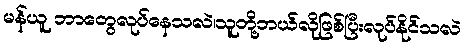
မန်ယူ ဘာတွေလုပ်နေသလဲ၊သူတို့ဘယ်လိုဖြစ်ပြီးလုပ်နိုင်သလဲ